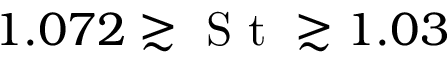
1 . 0 7 2 \gtrsim \textrm { S t } \gtrsim 1 . 0 3